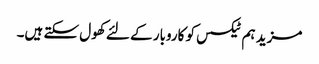
مزید ہم ٹیکسس کو کاروبار کے لئے کھول سکتے ہیں۔